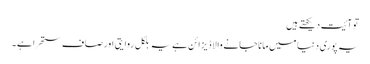
تو آئیت دیکھتے ہیں
یہ پوری دنیا میں مانا جانے والا ڈیزائن ہے یہ بلکل روایتی اور صاف ستھرا ہے ۔